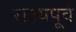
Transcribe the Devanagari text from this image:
राज्यपूर्व